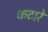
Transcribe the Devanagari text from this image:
कटारें